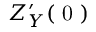
Z _ { Y } ^ { \prime } ( { \mathrm { ~ 0 ~ } } )